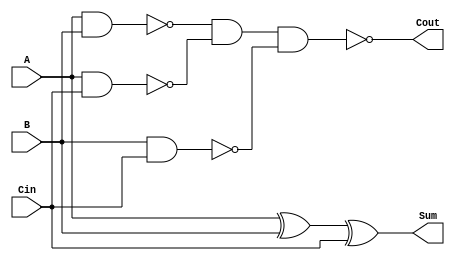
module FA_123 (Sum, Cout, A, B, Cin);
   input A;
   input B;
   input Cin;   
   output Sum;
   output Cout;
	wire	w1;
	wire	w2;
	wire	w3;
	wire	w4;
	xor	x1(w1, A, B);
	xor	x2(Sum, w1, Cin);
	nand    n1(w2, A, B);
	nand    n2(w3, A, Cin);
	nand	n3(w4, B, Cin);
	assign Cout = ~ (w2 & w3 & w4);
endmodule